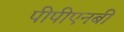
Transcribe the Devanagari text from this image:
पीपीएनबी